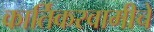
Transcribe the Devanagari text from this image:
कार्तिकस्वामीचे